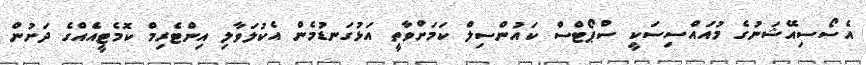
އެސޯސިއޭޝަނުގެ މުއައްސިސަކީ ސްޕޯޓްސް ކައުންސިލް ކަމަށްވާތީ އަޅުގަނޑުމެން އެކުލަވާލި އިންޓެރިމް ކޮމެޓީއެއްގެ ދަށުން